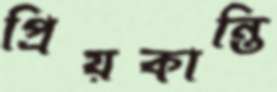
প্রিয়কান্তি